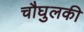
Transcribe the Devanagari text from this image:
चौघुलकी